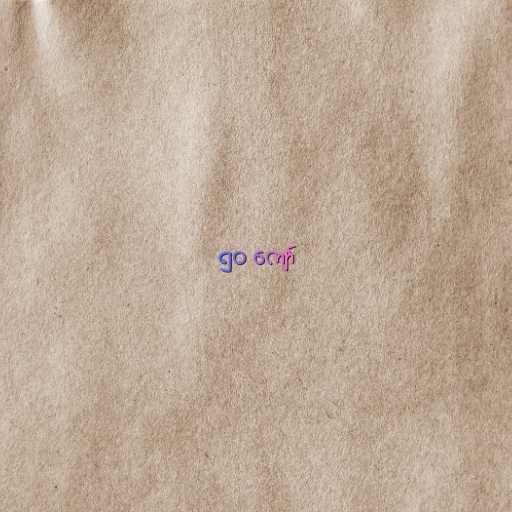
၅၀ ကျော်